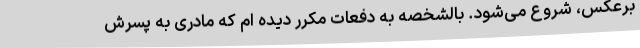
برعکس، شروع می‌شود. بالشخصه به دفعات مکرر دیده ام که مادری به پسرش